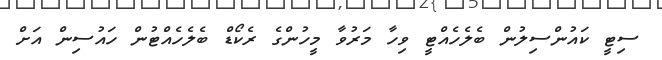
ސިޓީ ކައުންސިލުން ބެލެހެއްޓީ ވިހާ މަރުވާ މީހުންގެ ރެކޯޑް ބެލެހެއްޓުން ހައުސިން އަށް